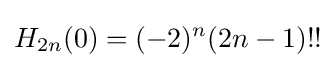
H_{2n}(0)=(-2)^{n}(2n-1)!!